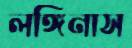
লঙ্গিনাস